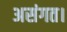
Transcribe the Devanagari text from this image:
असंगत।